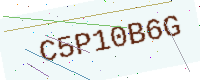
Text: C5P10B6G